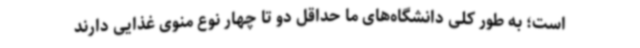
است؛ به طور کلی دانشگاه‌های ما حداقل دو تا چهار نوع منوی غذایی دارند